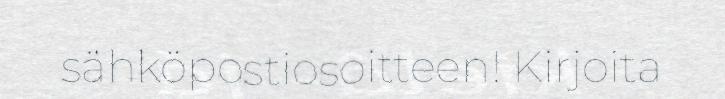
sähköpostiosoitteen! Kirjoita